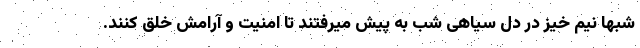
شبها نیم خیز در دل سیاهی شب به پیش میرفتند تا امنیت و آرامش خلق کنند.